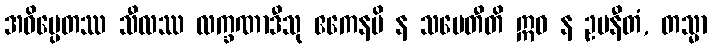
အဓိပ္ပေတဿ သီလဿ လက္ခဏာဒီသု ဧကေနပိ န သမေတီတိ ဣဓ န ဥပနီတံ, တသ္မာ